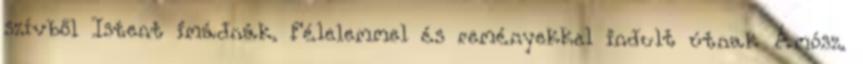
szívből Istent imádnák. Félelemmel és reményekkel indult útnak Ámósz.